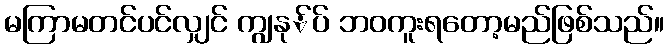
မကြာမတင်ပင်လျှင် ကျွနု်ပ် ဘဝကူးရတော့မည်ဖြစ်သည်။